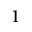
1